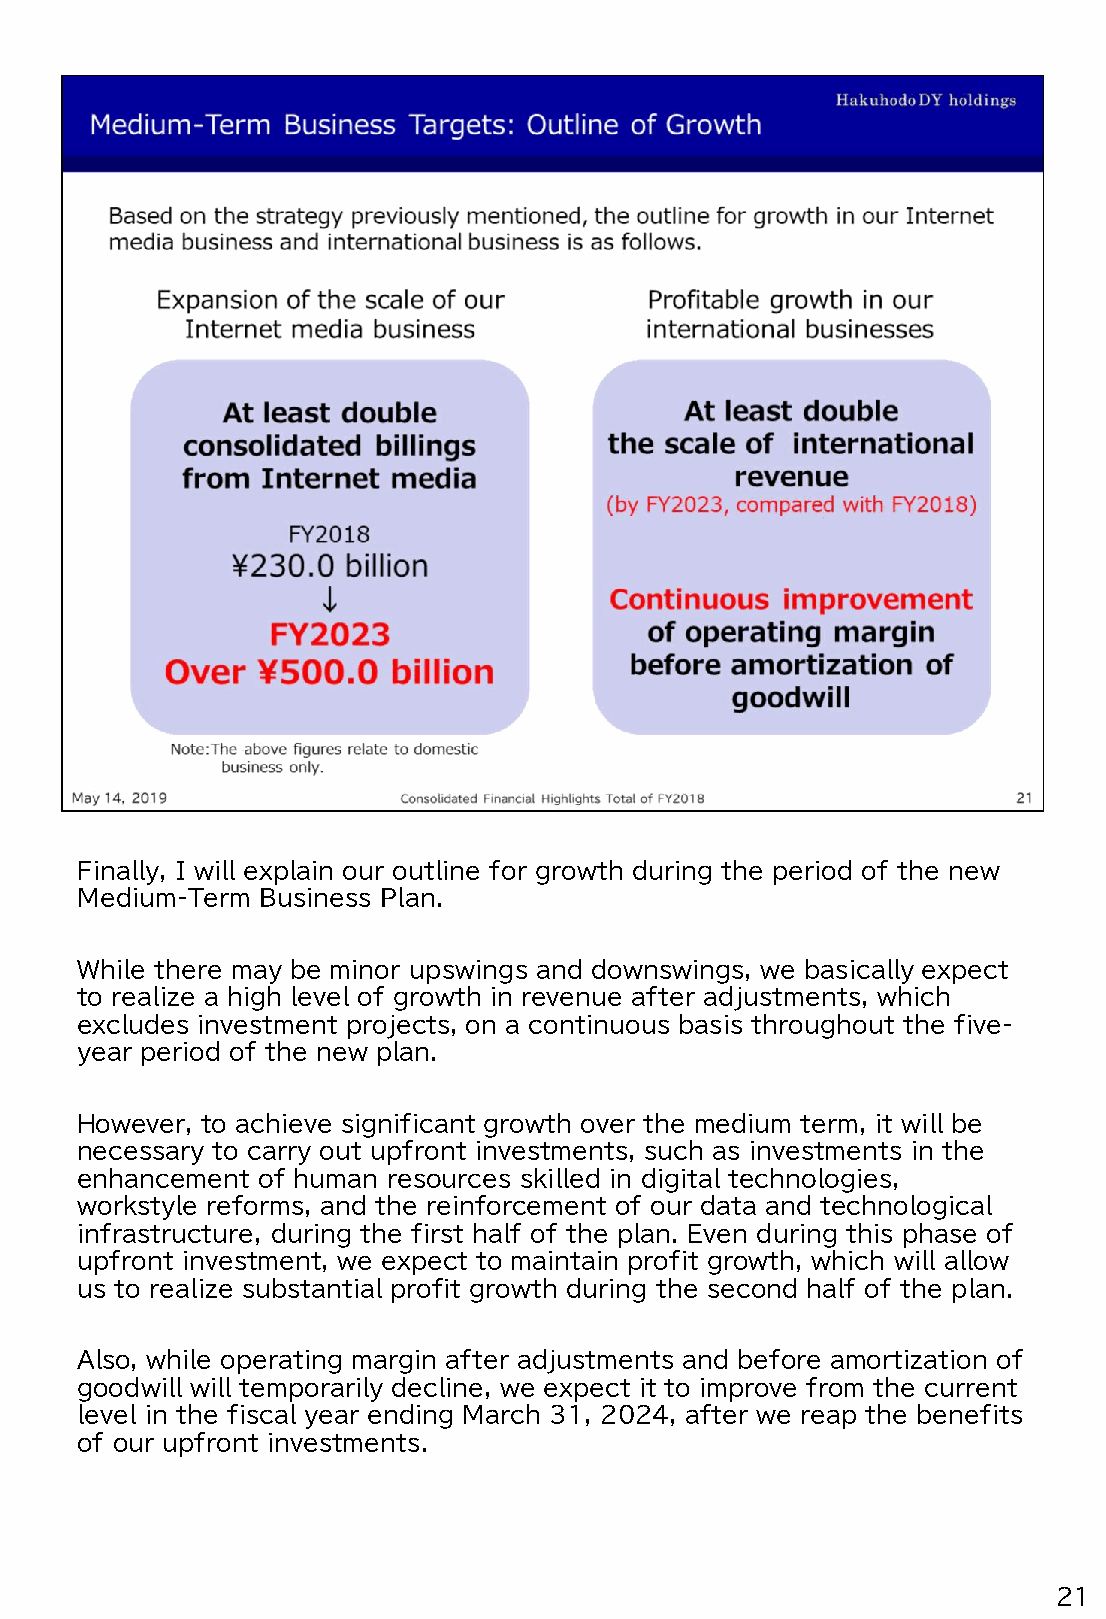
Finally, I will explain our outline for growth during the period of the new
 Medium-Term Business Plan.
 While there may be minor upswings and downswings, we basically expect
 to realize a high level of growth in revenue after adjustments, which
 excludes investment projects, on a continuous basis throughout the five-
 year period of the new plan.
 However, to achieve significant growth over the medium term, it will be
 necessary to carry out upfront investments, such as investments in the
 enhancement of human resources skilled in digital technologies,
 workstyle reforms, and the reinforcement of our data and technological
 infrastructure, during the first half of the plan. Even during this phase of
 upfront investment, we expect to maintain profit growth, which will allow
 us to realize substantial profit growth during the second half of the plan.
 Also, while operating margin after adjustments and before amortization of
 goodwill will temporarily decline, we expect it to improve from the current
 level in the fiscal year ending March 31, 2024, after we reap the benefits
 of our upfront investments.
 21